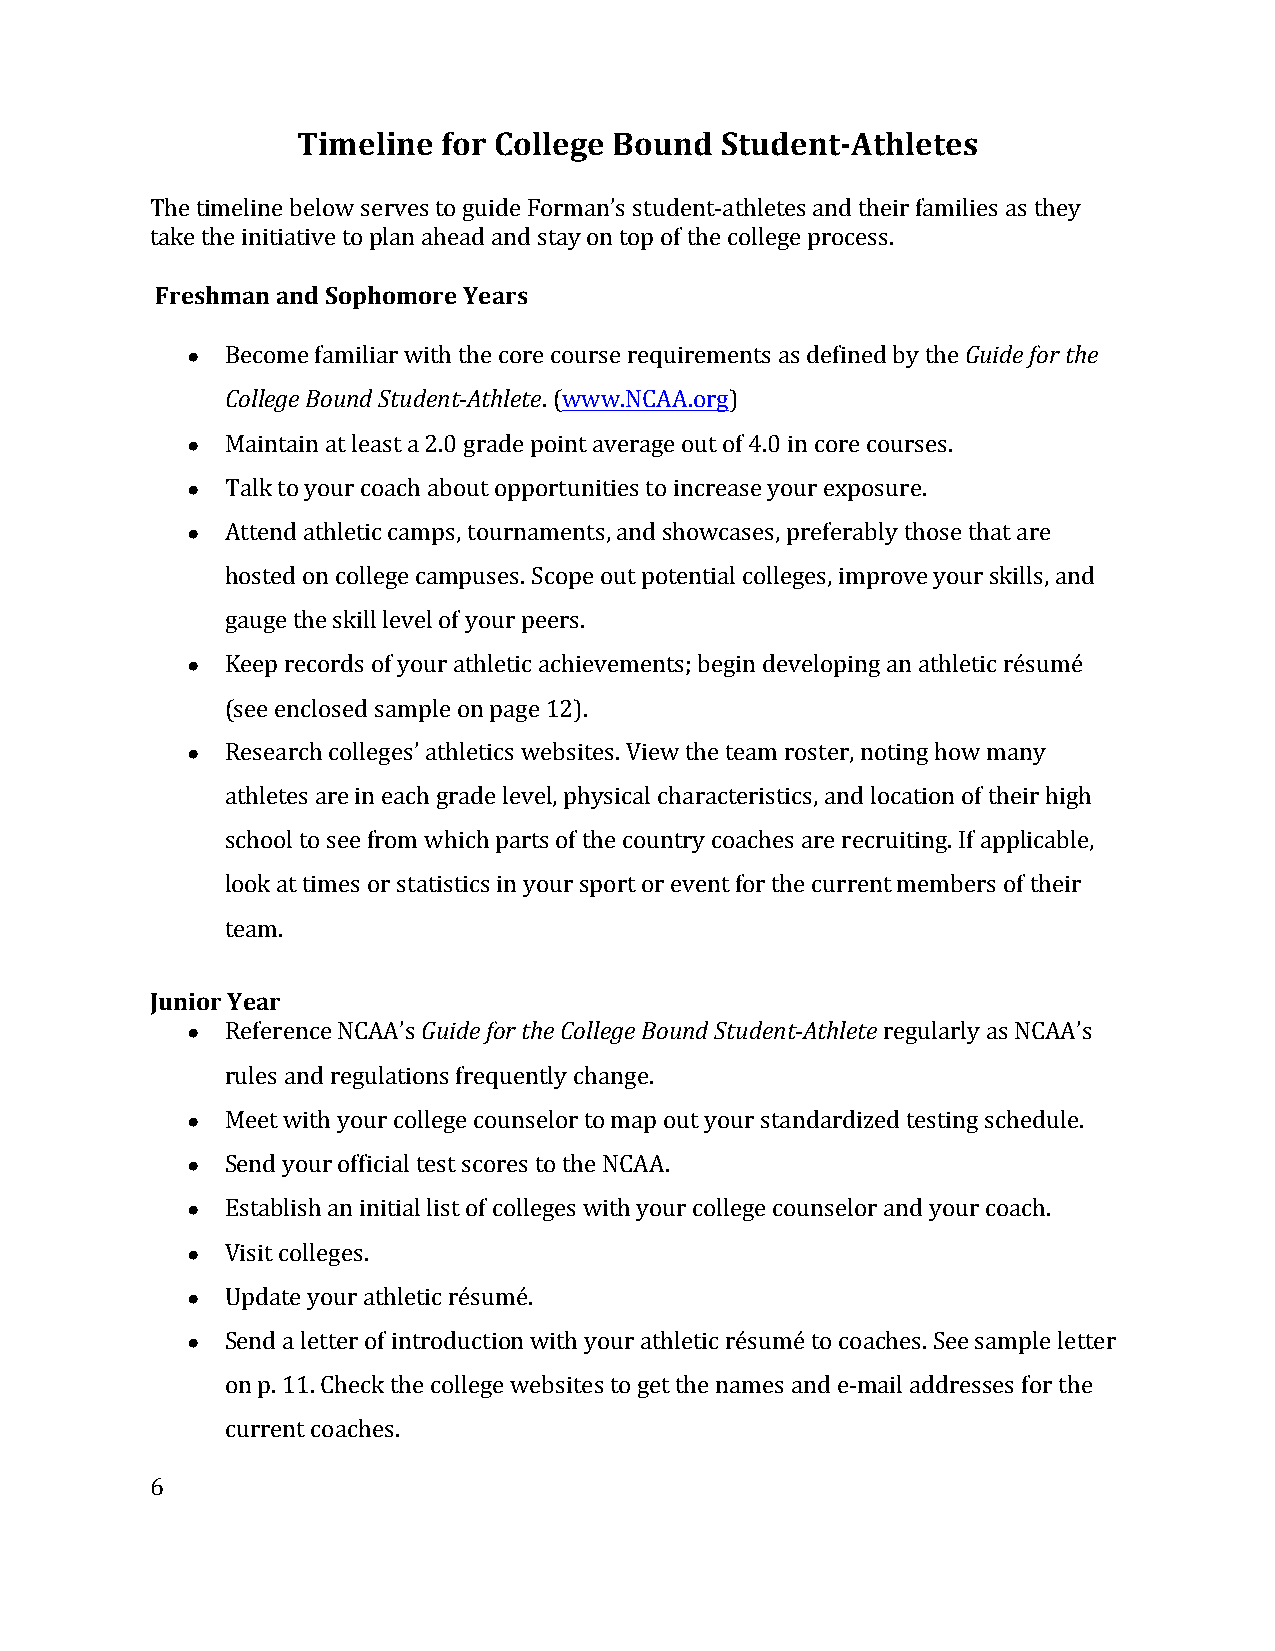
Timeline for College Bound  Student-­‐Athletes
 The timeline below serves to guide Forman’s student-­‐athletes and their families as they
 take the initiative to plan ahead and stay on top of the college process.
 Freshman and Sophomore Years
 ●  Become familiar with the core course requirements as defined by the Guide for the
 College Bound Student-­‐Athlete. (www.NCAA.org)
 ●  Maintain at least a 2.0 grade point average out of 4.0 in core courses.
 ●  Talk to your coach about opportunities to increase your exposure.
 ●  Attend athletic camps, tournaments, and showcases, preferably those that are
 hosted on college campuses. Scope out potential colleges, improve your skills, and
 gauge the skill level of your peers.
 ●  Keep records of your athletic achievements; begin developing an athletic résumé
 (see enclosed sample on page 12).
 ●  Research colleges’ athletics websites. View the team roster, noting how many
 athletes are in each grade level, physical characteristics, and location of their high
 school to see from which parts of the country coaches are recruiting. If applicable,
 look at times or statistics in your sport or event for the current members of their
 team.
 Junior Year
 ●  Reference NCAA’s Guide for the College Bound Student-­‐Athlete regularly as NCAA’s
 rules and regulations frequently change.
 ●  Meet with your college counselor to map out your standardized testing schedule.
 ●  Send your official test scores to the NCAA.
 ●  Establish an initial list of colleges with your college counselor and your coach.
 ●  Visit colleges.
 ●  Update your athletic résumé.
 ●  Send a letter of introduction with your athletic résumé to coaches. See sample letter
 on p. 11. Check the college websites to get the names and e-­‐mail addresses for the
 current coaches.
 6